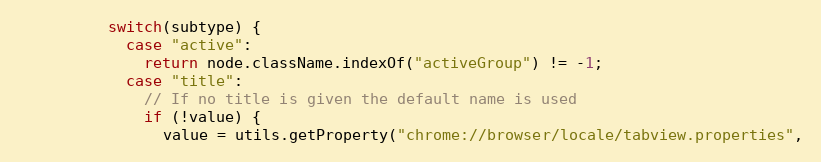
Language: JavaScript
          switch(subtype) {
            case "active":
              return node.className.indexOf("activeGroup") != -1;
            case "title":
              // If no title is given the default name is used
              if (!value) {
                value = utils.getProperty("chrome://browser/locale/tabview.properties",